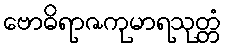
ဗောဓိရာဇကုမာရသုတ္တံ